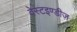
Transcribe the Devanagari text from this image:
वेस्टइण्डीज़